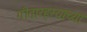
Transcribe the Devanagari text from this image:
गीतारहस्याच्या